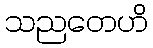
သညတေဟိ